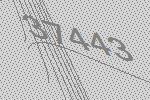
37443